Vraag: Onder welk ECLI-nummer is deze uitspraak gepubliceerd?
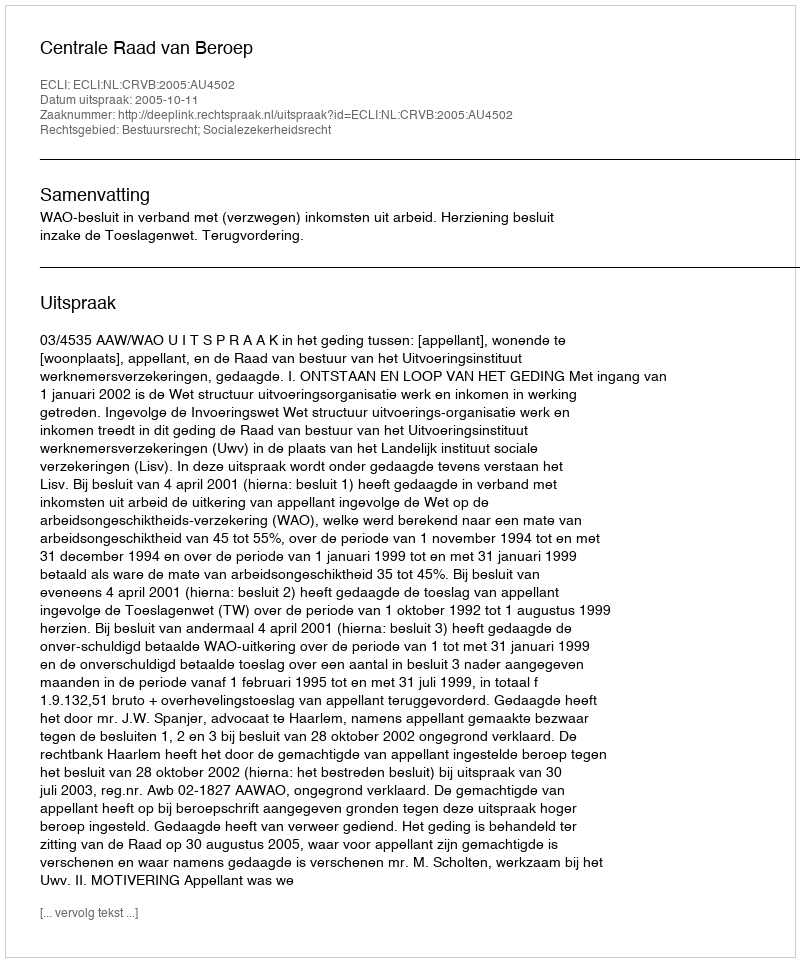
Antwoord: ECLI:NL:CRVB:2005:AU4502